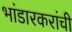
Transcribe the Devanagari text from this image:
भांडारकरांची